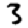
Digit: 3